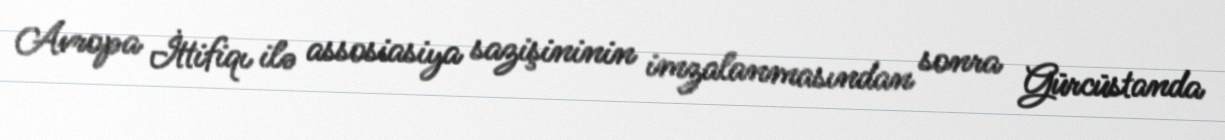
Avropa İttifiqı ilə assosiasiya sazişininin imzalanmasından sonra Gürcüstanda